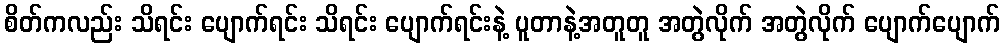
စိတ်ကလည်း သိရင်း ပျောက်ရင်း သိရင်း ပျောက်ရင်းနဲ့ ပူတာနဲ့အတူတူ အတွဲလိုက် အတွဲလိုက် ပျောက်ပျောက်